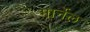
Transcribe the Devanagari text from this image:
मार्नेल